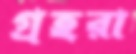
গ্রহরা